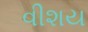
વીશય